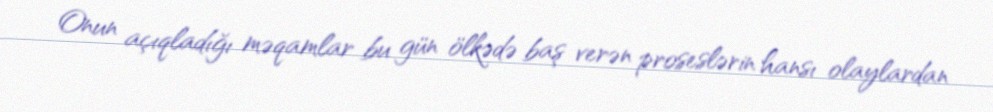
Onun açıqladığı məqamlar bu gün ölkədə baş verən proseslərin hansı olaylardan